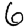
Digit: 6